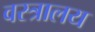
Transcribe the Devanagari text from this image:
वस्त्रालय